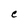
Character: e